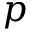
p